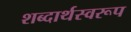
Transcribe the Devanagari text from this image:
शब्दार्थस्वरूप